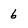
Character: 6